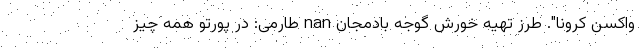
واکسن کرونا". طرز تهیه خورش گوجه بادمجان nan طارمی: در پورتو همه چیز